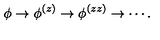
\phi \rightarrow \phi ^ { ( z ) } \rightarrow \phi ^ { ( z z ) } \rightarrow \cdots .